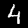
Label: 4